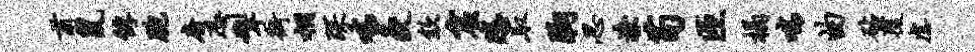
甫鼠俘胞府恐掣街桐琛喘灸歙窟悲取胸忍潦苟匝榻喘曲砧覆虐